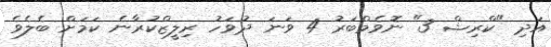
އަދި "ކްރިޝް 3" ނޮވެމްބަރު 4 ވަނަ ދުވަހު ރިލީޒްކުރާނެ ކަމަށް ބެލެވެ